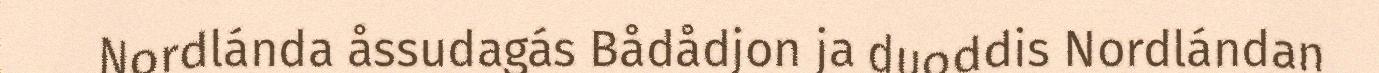
Nordlánda åssudagás Bådådjon ja duoddis Nordlándan